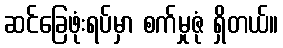
ဆင်ခြေဖုံးရပ်မှာ စက်မှုဇုံ ရှိတယ်။